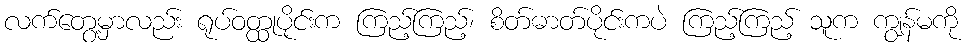
လက်တွေ့မှာလည်း ရုပ်ဝတ္ထုပိုင်းက ကြည့်ကြည့်၊ စိတ်ဓာတ်ပိုင်းကပဲ ကြည့်ကြည့် သူက ကျွန်မကို